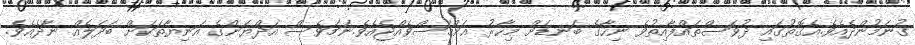
ގުނަމުންދެއެވެ.އެގޮތުގައި ދުވަސްތައްފާއިތުވެ ނިހާގެ ބަނޑަށް މިހާރު އަށްމަސްވެއްޖެއެވެ.ނަމަވެސް އަދްޔަންގެ އަނިޔާތަކަށް ބަދަލެއް ނާދެއެވެ.